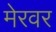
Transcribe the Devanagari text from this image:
मेरवर